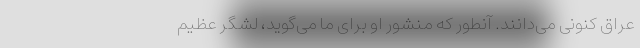
عراق کنونی می‌دانند. آنطور که منشور او برای ما می‌گوید، لشگر عظیم